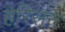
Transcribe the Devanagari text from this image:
हेरिसन